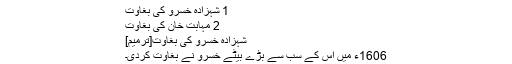
1 شہزادہ خسرو کی بغاوت
2 مہابت خان کی بغاوت
شہزادہ خسرو کی بغاوت[ترمیم]
1606ء میں اس کے سب سے بڑے بیٹے خسرو نے بغاوت کردی۔